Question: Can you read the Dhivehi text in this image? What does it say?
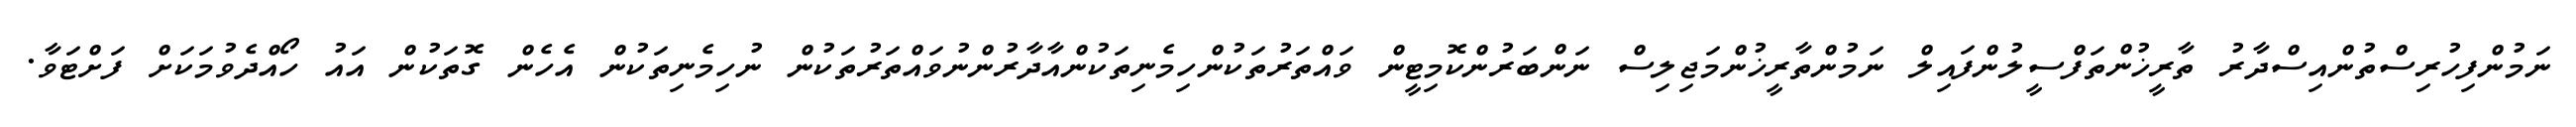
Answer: ނަމުންފިހުރިސްތުންއިސްދާރު ތާރީޚުންތަފްސީލުންފައިލް ނަމުންތާރީޚުންމަޖިލިސް ނަންބަރުންކޮމިޓީން ވައްތަރުތަކުންހިމެނިތަކުންއާދާރުންނުވައްތަރުތަކުން ނުހިމެނިތަކުން އެހެން ގޮތަކުން އައު ހޯއްދެވުމަކަށް ފަށްޓަވާ.